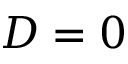
D = 0